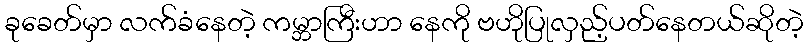
ခုခေတ်မှာ လက်ခံနေတဲ့ ကမ္ဘာကြီးဟာ နေကို ဗဟိုပြုလှည့်ပတ်နေတယ်ဆိုတဲ့